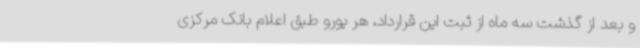
و بعد از گذشت سه ماه از ثبت این قرارداد، هر یورو طبق اعلام بانک مرکزی